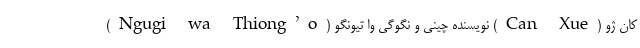
کان ژو (Can Xue) نویسنده چینی و نگوگی وا تیونگو (Ngugi wa Thiong’o)